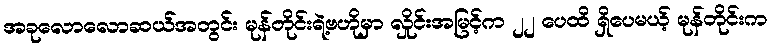
အခုလောလောဆယ်အတွင်း မုန်တိုင်းရဲ့ဗဟိုမှာ လှိုင်းအမြင့်က ၂၂ ပေထိ ရှိပေမယ့် မုန်တိုင်းက